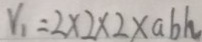
V _ { 1 } = 2 \times 2 \times 2 \times a b h